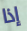
إذا